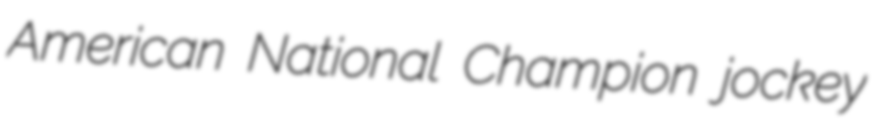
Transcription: American National Champion jockey